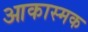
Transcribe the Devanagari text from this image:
आकास्मक